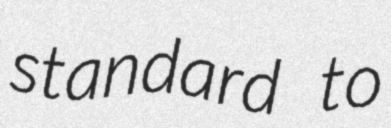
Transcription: standard to